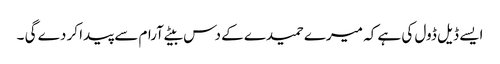
ایسے ڈیل ڈول کی ہے کہ میرے حمیدے کے دس بیٹے آرام سے پیدا کر دے گی ۔